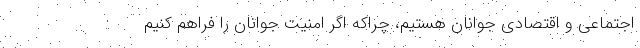
اجتماعی و اقتصادی جوانان هستیم، چراکه اگر امنیت جوانان را فراهم کنیم